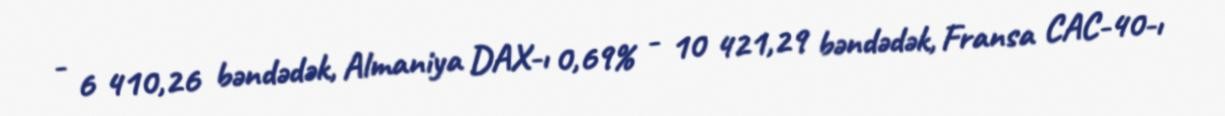
- 6 410,26 bəndədək, Almaniya DAX-ı 0,69% - 10 421,29 bəndədək, Fransa CAC-40-ı